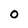
Character: O